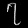
Digit: ၇